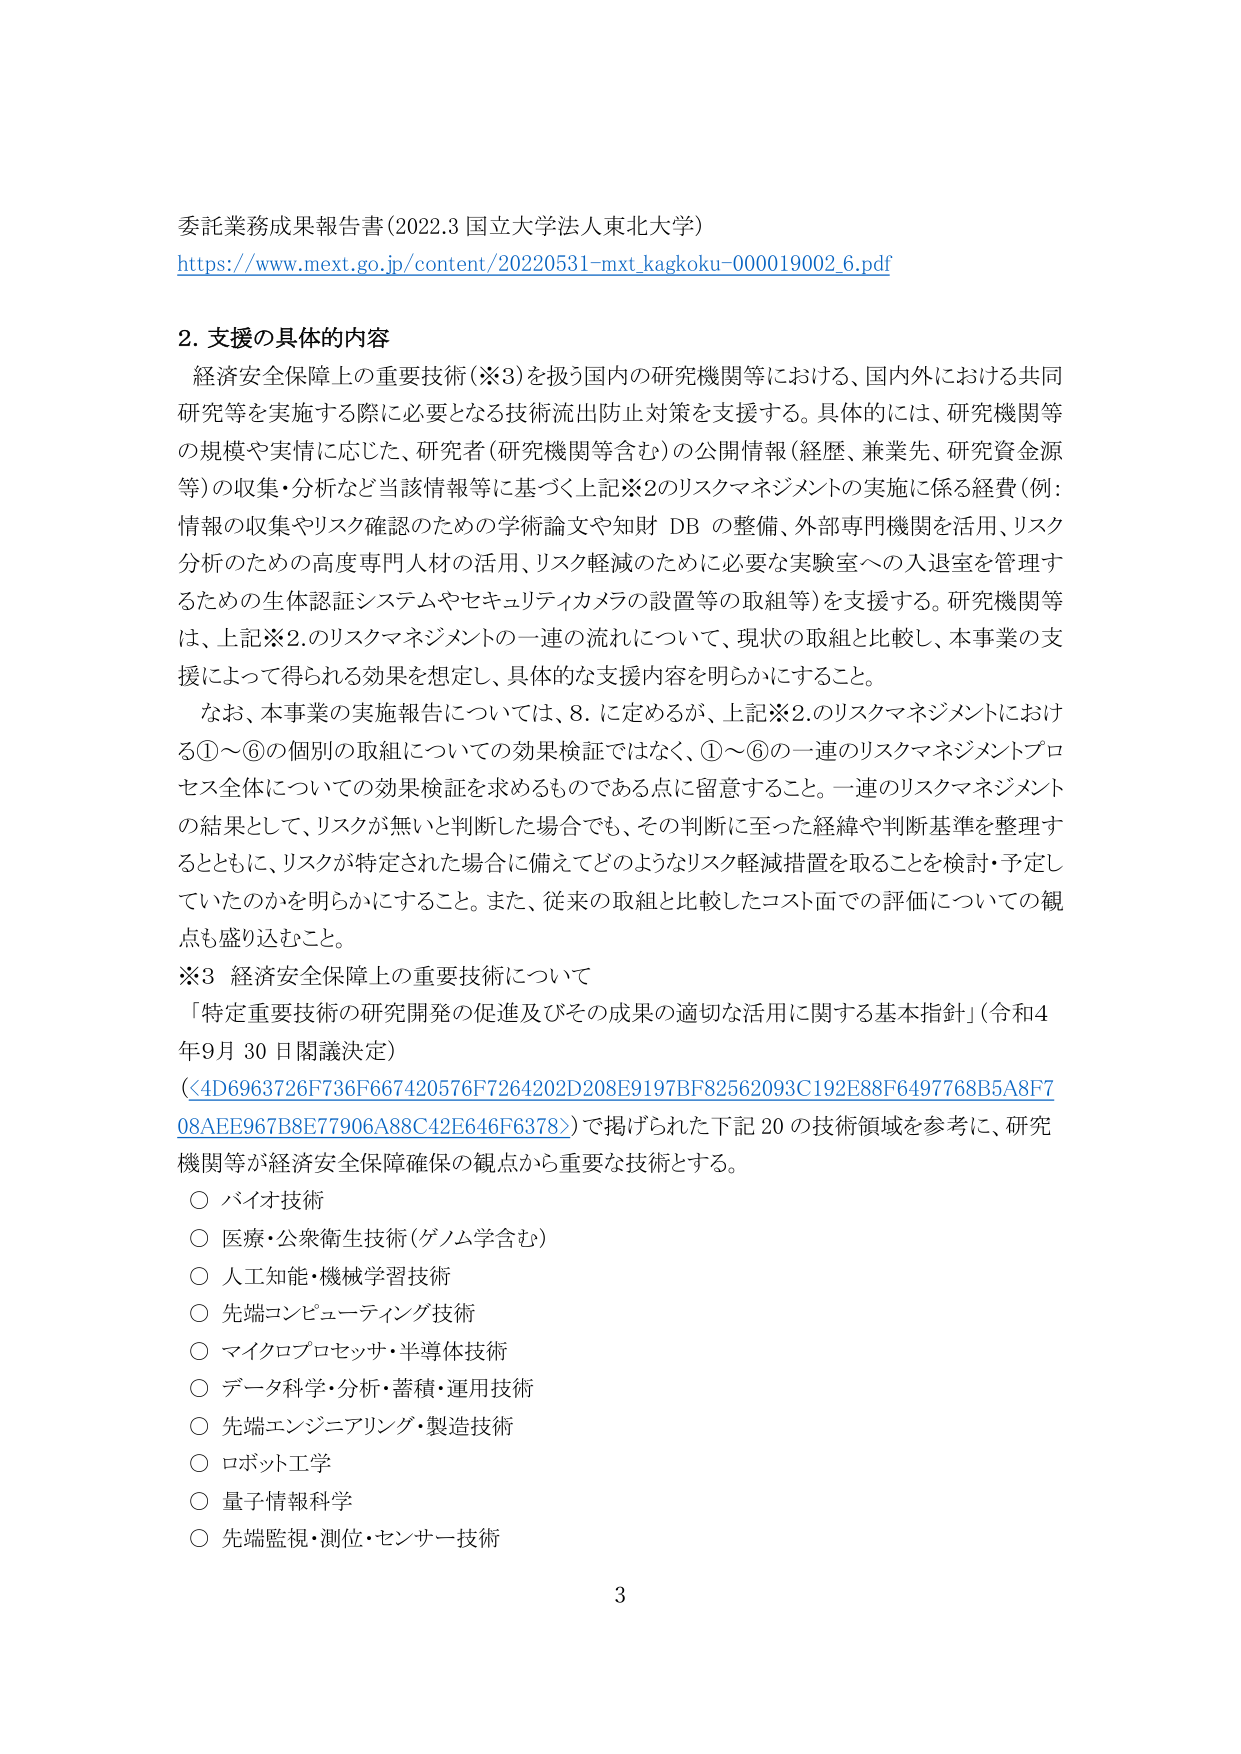
委託業務成果報告書 (2022.3 国立大学法人東北大学)
https://www.mext.go.jp/content/20220531-mxt_kagaku-000019002_6.pdf

2. 支援の具体的な内容
経済安全保障上の重要技術（※3）を扱う国内の研究機関等における、国内外における共同研究等を実施する際に必要となる技術流出防止対策を支援する。具体的には、研究機関等の規模や実情に応じた、研究者（研究機関等含む）の公開情報（経歴、兼業先、研究資金源等）の収集・分析など当該情報等に基づく上記※2のリスクマネジメントの実施に係る経費（例：情報の収集やリスク確認のための学術論文や知財 DB の整備、外部専門機関を活用、リスク分析のための高度専門人材の活用、リスク軽減のために必要な実験室への入退室を管理するための生体認証システムやセキュリティカメラの設置等の取組等）を支援する。研究機関等は、上記※2.のリスクマネジメントの一連の流れについて、現状の取組と比較し、本事業の支援によって得られる効果を想定し、具体的な支援内容を明らかにすること。

なお、本事業の実施報告については、8. に定めるが、上記※2.のリスクマネジメントにおける①～⑥の個別の取組についての効果検証ではなく、①～⑥の一連のリスクマネジメントプロセス全体についての効果検証を求めるものである点に留意すること。一連のリスクマネジメントの結果として、リスクが無いと判断した場合でも、その判断に至った経緯や判断基準を整理するとともに、リスクが特定された場合に備えてどのようなリスク軽減措置を取ることを検討・予定していたのかを明らかにすること。また、従来の取組と比較したコスト面での評価についての観点も盛り込むこと。

※3 経済安全保障上の重要技術について
「特定重要技術の研究開発の促進及びその成果の適切な活用に関する基本指針」（令和4年9月30日閣議決定）
（<4D6963726F7366667420576F7264202D208E9197BF82562093C192E88F6497768B5A8F708AE967B8E77906A88C42E646F6378>）で掲げられた下記20の技術領域を参考に、研究機関等が経済安全保障確保の観点から重要な技術とする。
○ バイオ技術
○ 医療・公衆衛生技術（ゲノム学含む）
○ 人工知能・機械学習技術
○ 先端コンピューティング技術
○ マイクロプロセッサ・半導体技術
○ データ科学・分析・蓄積・運用技術
○ 先端エンジニアリング・製造技術
○ ロボット工学
○ 量子情報科学
○ 先端監視・測位・センサー技術

3